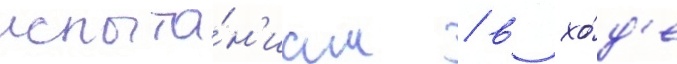
испыта́н'иам / в хо́д'е